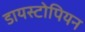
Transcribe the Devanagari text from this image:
डायस्टोपियन